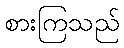
စားကြသည်